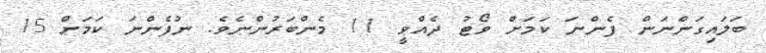
ބަލައިގަންނަން ފެންނަ ކަމަށް ވޯޓު ދެއްވީ 11 މެންބަރުންނެވެ. ނުފެންނަ ކަމަށް 15